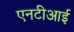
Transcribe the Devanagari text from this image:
एनटीआई